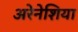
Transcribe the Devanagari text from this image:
अरेनेशिया